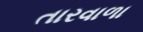
તારવાળા